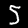
Digit: 5